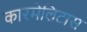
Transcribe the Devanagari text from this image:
कारमेलिटास